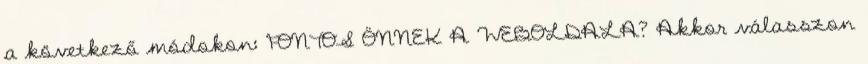
a következő módokon: FONTOS ÖNNEK A WEBOLDALA? Akkor válasszon